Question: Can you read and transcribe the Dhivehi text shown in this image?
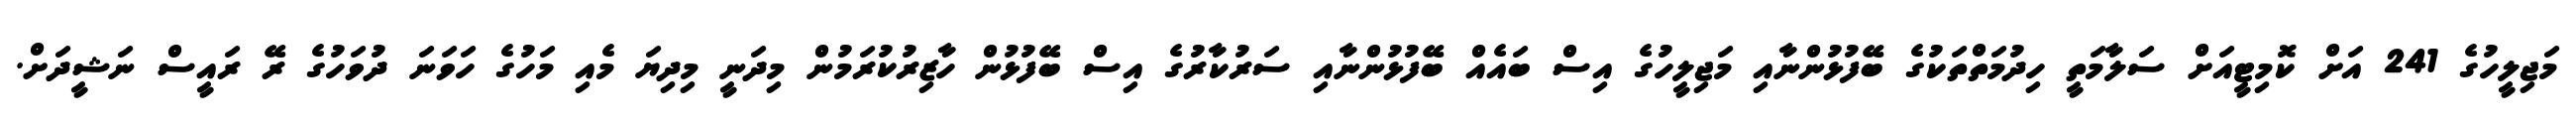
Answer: މަޖިލީހުގެ 241 އަށް ކޮމިޓީއަށް ސަލާމަތީ ހިދުމަތްތަކުގެ ބޭފުޅުންނާއި މަޖިލީހުގެ އިސް ބައެއް ބޭފުޅުންނާއި ސަރުކާރުގެ އިސް ބޭފުޅުން ހާޒިރުކުރަމުން މިދަނީ މިދިޔަ މެއި މަހުގެ ހަވަނަ ދުވަހުގެ ރޭ ރައީސް ނަޝީދަށް.